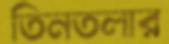
তিনতলার